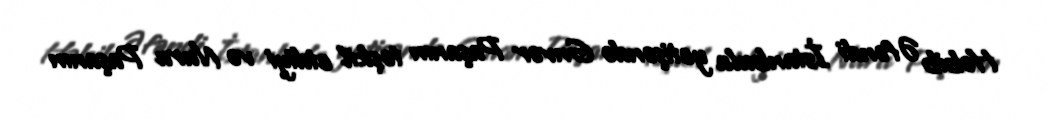
Həbib Əfəndi İstanbula yetişəndə Gnvər Paşanın təşkil etdiyi və Nuru Paşanın